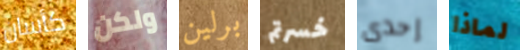
كأسان ولكن برلين خسرتم إحدى لماذا